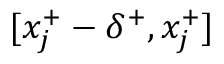
[ x _ { j } ^ { + } - \delta ^ { + } , x _ { j } ^ { + } ]